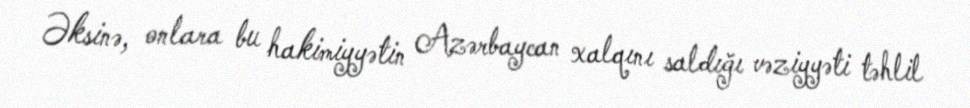
Əksinə, onlara bu hakimiyyətin Azərbaycan xalqını saldığı vəziyyəti təhlil